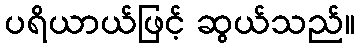
ပရိယာယ်ဖြင့် ဆွယ်သည်။